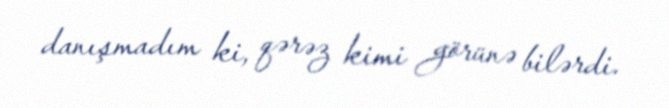
danışmadım ki, qərəz kimi görünə bilərdi.